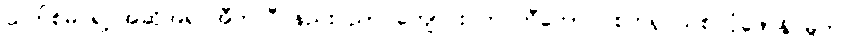
ယက်စ်မင်ရဲ့ အဆိုအရ အီတလီ နည်းပညာ ကျောင်း က တီကောင် စက်ရုပ်သစ် ပုံဖော်နိုင်မှုက